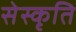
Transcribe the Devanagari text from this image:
सेस्कृति